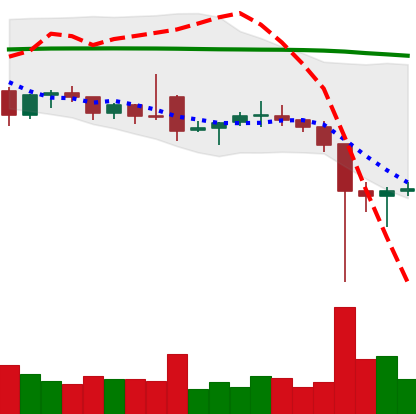
Ticker: ETC-USD
Chart end date: 2021-12-07
Forward return: -4.465%
Label: down_3_5